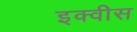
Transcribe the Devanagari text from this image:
इक्वीस